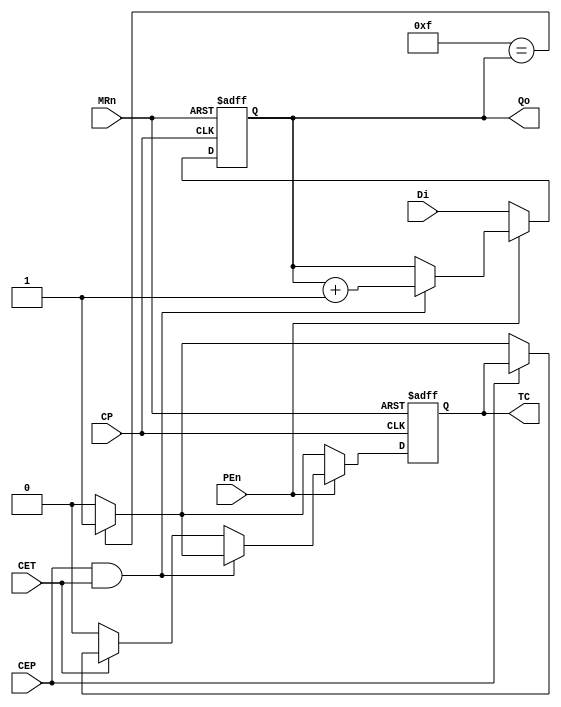
module M74HC161 (
    input                       CP,
    input                       MRn,
           
    input  [3:0]                Di,
    input                       PEn,
    input                       CEP,
    input                       CET,
           
    output                      TC,
    output [3:0]                Qo
);

reg  [3:0]                      COUNT;
reg                             TCO;

always @ (posedge CP or negedge MRn) begin
    if (!MRn) begin
        COUNT[3:0] <= 4'b0;
    end
    else if (!PEn) begin
        COUNT[3:0] <= Di[3:0];
    end
    else if (CEP && CET) begin
        COUNT[3:0] <= COUNT[3:0] + 4'b1;
    end
    else begin
        COUNT[3:0] <= COUNT[3:0];
    end
end

always @ (posedge CP or negedge MRn) begin
    if (!MRn) begin
        TCO <= 1'b0;
    end
    else if (!PEn) begin
        if (4'b1111 == COUNT[3:0]) begin
            TCO <= 1'b1;
        end
        else begin
            TCO <= 1'b0;
        end
    end
    else if (CEP && CET) begin
        if (4'b1111 == COUNT[3:0]) begin
            TCO <= 1'b1;
        end
        else begin
            TCO <= 1'b0;
        end
    end
    else if (!CET) begin
        TCO <= 1'b0;
    end
    else if (!CEP) begin
        if (4'b1111 == COUNT[3:0]) begin
            TCO <= 1'b1;
        end
        else begin
            TCO <= 1'b0;
        end
    end
    else begin
        TCO <= TCO;
    end
end

assign Qo[3:0] = COUNT[3:0];
assign TC = TCO;

endmodule